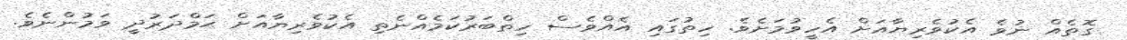
ގޮތެއް ނުވެ އެކުވެރިޔާއަށް އެހީވުމަށެވެ. ހިތުގައި އެއްވެސް ހިތްބަރުކަމެއްނެތި އެކުވެރިޔާއަށް ޙަމްދަރުދީ ވަމުންނެވެ.